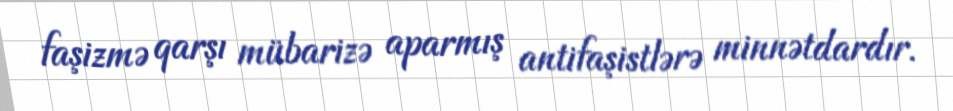
faşizmə qarşı mübarizə aparmış antifaşistlərə minnətdardır.